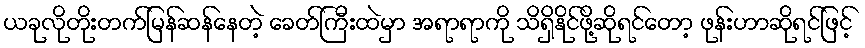
ယခုလိုတိုးတက်မြန်ဆန်နေတဲ့ ခေတ်ကြီးထဲမှာ အရာရာကို သိရှိနိုင်ဖို့ဆိုရင်တော့ ဖုန်းဟာဆိုရင်ဖြင့်